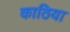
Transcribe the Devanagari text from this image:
काठिया